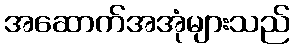
အဆောက်အအုံများသည်